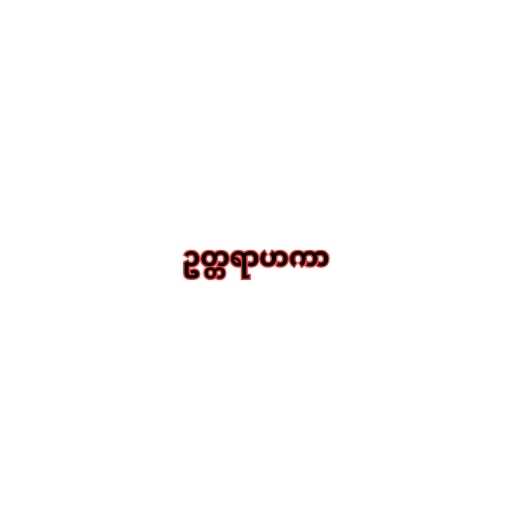
ဥတ္တရာဟကာ